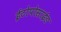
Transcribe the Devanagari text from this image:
ईटोपोसाईड